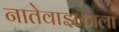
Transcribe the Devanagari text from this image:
नातेवाइकाला